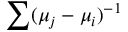
\sum ( \mu _ { j } - \mu _ { i } ) ^ { - 1 }